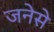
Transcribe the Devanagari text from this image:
जनेसे